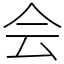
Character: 会